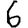
Digit: 6